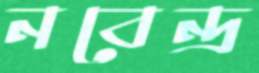
নবেন্দ্র